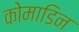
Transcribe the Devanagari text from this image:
कोमाडिन